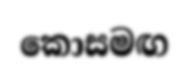
කොසමඟ